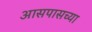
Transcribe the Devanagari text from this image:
अासपासच्या